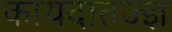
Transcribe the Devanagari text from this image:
कायदातज्ज्ञ